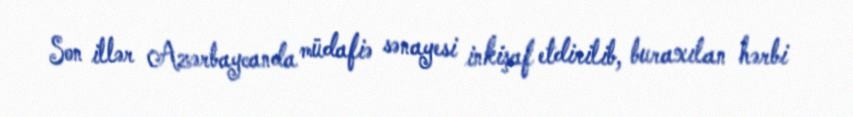
Son illər Azərbaycanda müdafiə sənayesi inkişaf etdirilib, buraxılan hərbi